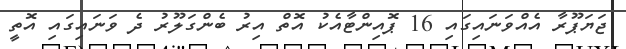
ޖަޔަޕޫރާ އެއްވަނައިގައި 16 ޕޮއިންޓާއެކު އޮތް އިރު ބެންގަލޫރު ދެ ވަނައިގައި އޮތީ